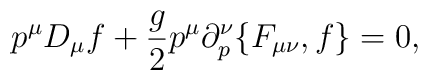
p^\mu D_\mu f+{g\over 2}p^\mu\partial^\nu_p\{F_{\mu\nu},f\}=0,